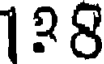
1?8